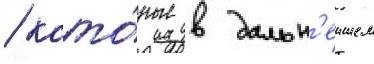
/ кото́рые в дальн'еишем